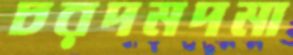
চরদমদমা